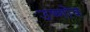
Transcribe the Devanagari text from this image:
उष्णोव